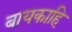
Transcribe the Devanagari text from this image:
बायकाहि